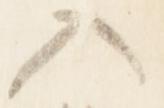
入